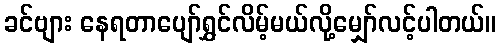
ခင်ဗျား နေရတာပျော်ရွှင်လိမ့်မယ်လို့မျှော်လင့်ပါတယ်။